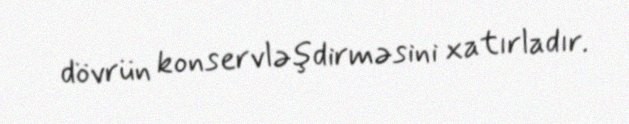
dövrün konservləşdirməsini xatırladır.